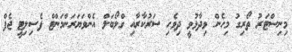
މިނިސްޓަރު ތޯރިގު މިހެން ވިދާޅުވީ ދިވެހި ސަރުކާރާއި ގްލޯބަލް އެންވަޔަރަންމަންޓް ފެސިލިޓީ ޖެފް